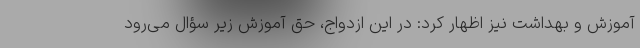
آموزش و بهداشت نیز اظهار کرد: در این ازدواج، حق آموزش زیر سؤال می‌رود